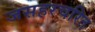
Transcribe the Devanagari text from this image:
जसहरचरित